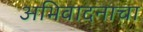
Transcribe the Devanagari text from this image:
अभिवादनाचा